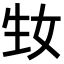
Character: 𤯕